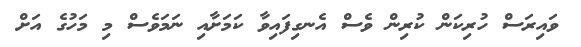
ވައިރަސް ހުރިކަން ކުރިން ވެސް އެނގިފައިވާ ކަމަށާއި ނަމަވެސް މި މަހުގެ އަށް